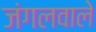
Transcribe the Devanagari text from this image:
जंगलवाले